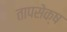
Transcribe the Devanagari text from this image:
तापसेक्ष